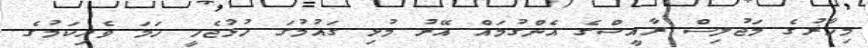
މިހާޜުގެ މަޖުލިސް ރާއީސްގެ އެންގުމައް އޭރު މުޅި ގައުމުގަ ހުޅުޖެހީ ހަމަ ވެރިކަމުގެ